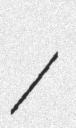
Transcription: /